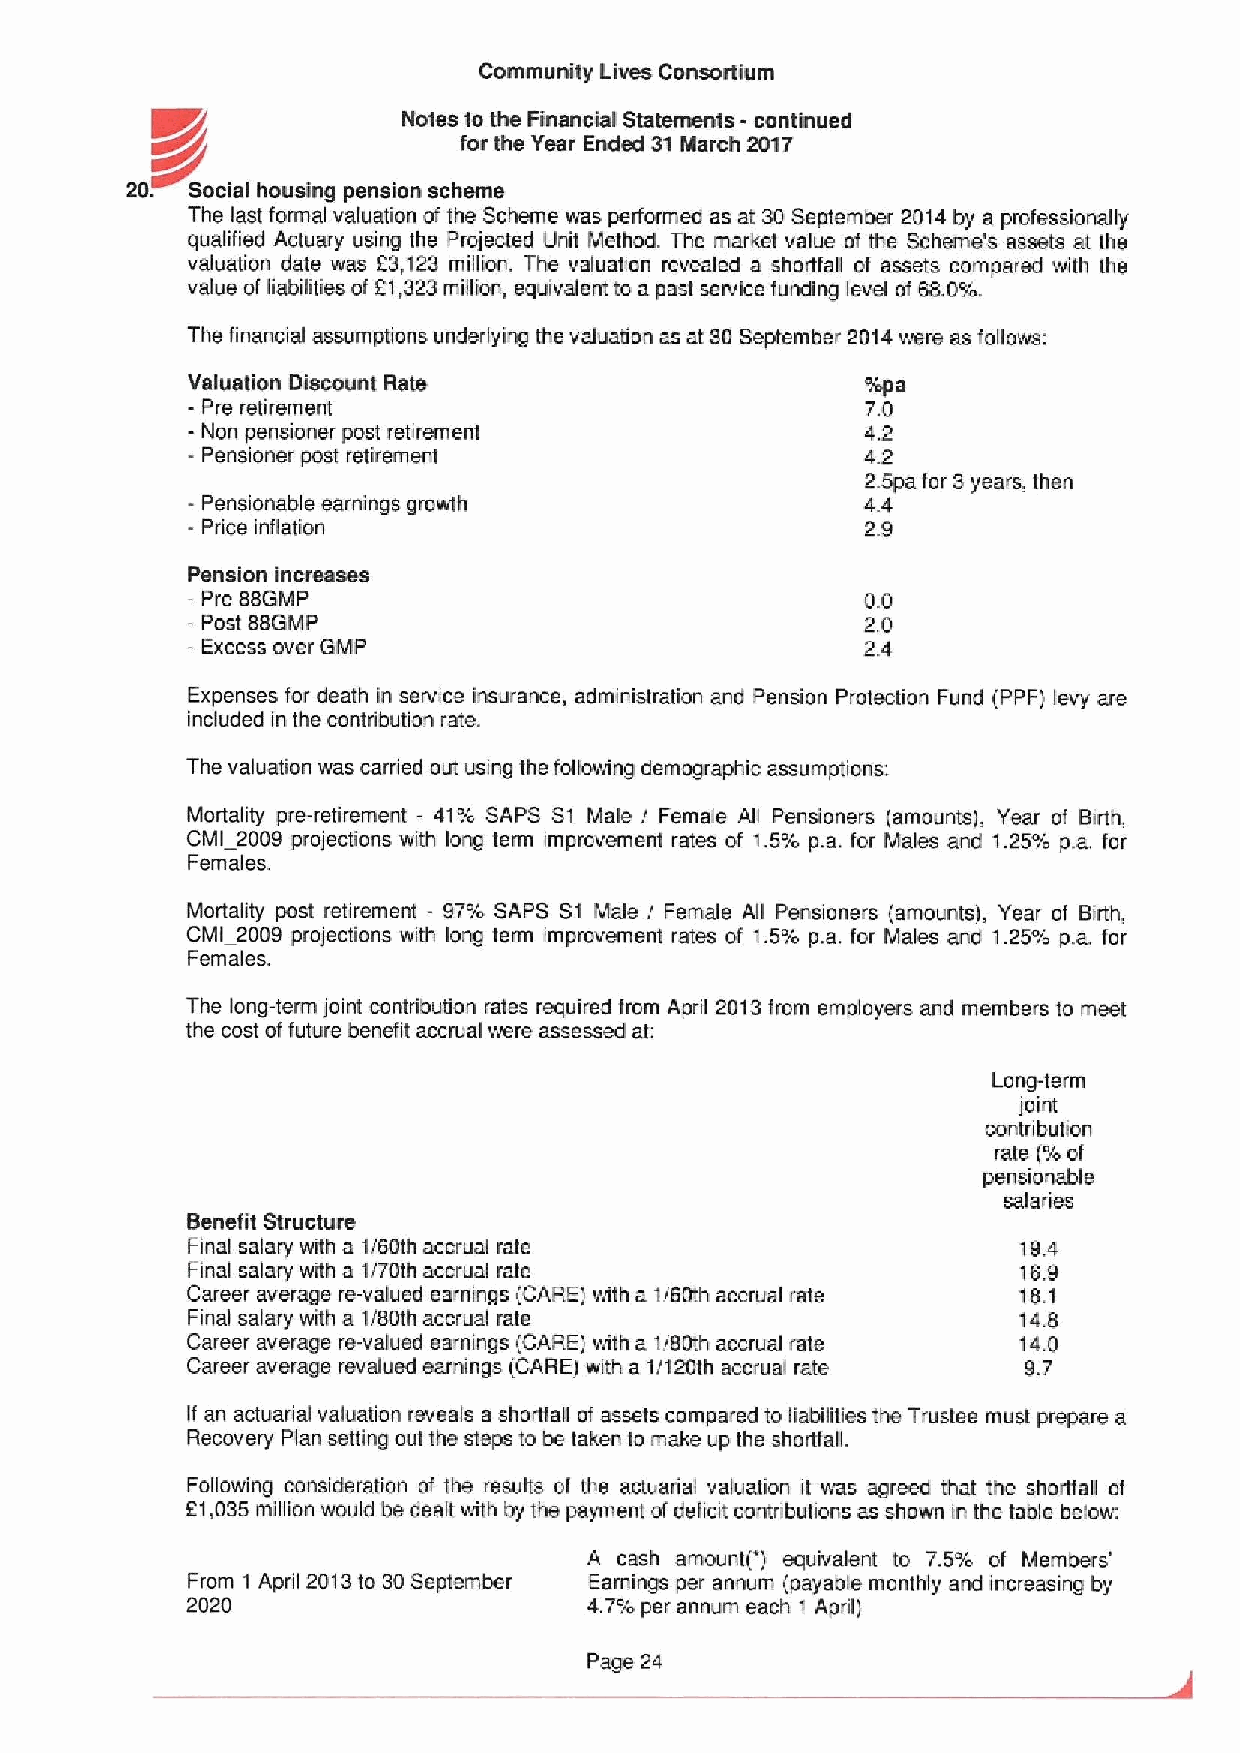
Community Lives Consortium
 Nates to the Financial Statements - continued
 for the Year Ended 31March 2017
 20.  Social housing pension scheme
 The last forrnal valuation ofthe Scheme was performed as at 30September 2D14 by a professionally
 qualified Actuary using the Projected Unit Method. The market value of the Scheme's assets at the
 valuation date was 23,123 million. The valuation revealed a shortfall of assets compared with the
 value ofliabilities of 21,323million, equivalent to a past service funding level cf 68.0%.
 The financial assumptions underlying the valuation as at 30 September 2014were as follows:
 Valuation Discount Rate                      %pa
 - Pre retirement                             7.0
 - Ncn pensioner post retirement              4.2
 - Pensioner post retirement                  4.2
 2.5pa fcr 3years, then
 - Pensionable earnings growlh                4.4
 - Price inflation                            2.9
 Pension increases
 —Pre 88GMP                                   0.0
 - Post 88GMP                                 2.0
 - Excess over GMP                            2.4
 Expenses for death in service insurance, administration and Pension Protection Fund (PPF) levy are
 included in the contribution rate.
 The valuation was carried out using the following demographic assumptions:
 Mortality pre-retirement — 41% SAPS S1 Male / Female All Pensioners (amcunts), Year of B&rth,
 CIVII 2009 projections with long term improvemerrl rates of 1.5% p.a. for Males and 1. 25%%d p.a. for
 Females.
 IVlortality post retirement - 97% SAPS S1 IViale / Female All Pensioners (amounts), Year of Birth,
 CMI 20D9 projections with long term improvement rates of 1. 5'%%d p.a. for Males and 1.25% p.a. for
 Females.
 The long-term Ioint contribution rates required from April 20131rom employers and members to meet
 the cost offuture benefit accrual were assessed at:
 Long-term
 Ioint
 contribution
 rate (%of
 pensionable
 salaries
 Benefit Structure
 Final salary with a 1/60th accrual rate                194
 Final salary with a 1/70th accrual rate                16.9
 Career average re-valued earnings (CARE) with a 1/60th accrual rate 18. 1
 Final salary with a 1/80th accrual rate                14.8
 Career average re-valued earnings (CARE) with a 1/80th accrual rate 14.0
 Career average revalued earnings (CARE) with a 1/120th accrual rate 9.7
 If an actuarial valuation reveals a shortlail of assets compared to liabilities the Trustee must prepare a
 Recovery Plan setting out the steps to be taken to make up the shortfall.
 Following consideration of the results of the actuarial valuation it was agreed that the shortfall of
 61,035million would be dealt with by the payment ofdeficit contributions as shown in the table below:
 A cash amount(') equivalent to 7. 5'%%d of Members'
 From 1 April 2013to 30September Earnings per annum (payable monthly and increasing by
 2020                       4.7%per annum each 1 April)
 Page 24